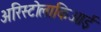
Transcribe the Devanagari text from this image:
अरिस्टोलाकिआई